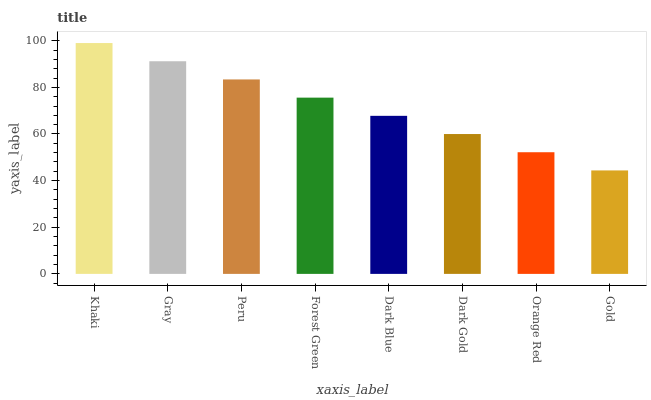
| xaxis_label | bars |
 | --- | --- |
 | Khaki | 99 |
 | Gray | 91.2 |
 | Peru | 83.4 |
 | Forest Green | 75.6 |
 | Dark Blue | 67.8 |
 | Dark Gold | 60 |
 | Orange Red | 52.2 |
 | Gold | 44.4 |